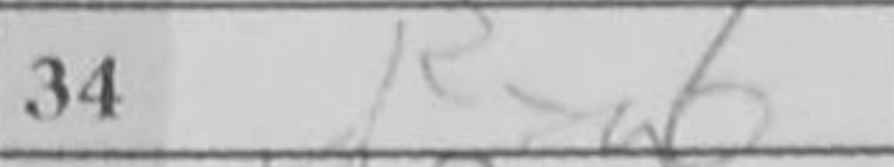
Transcription: Rxg6